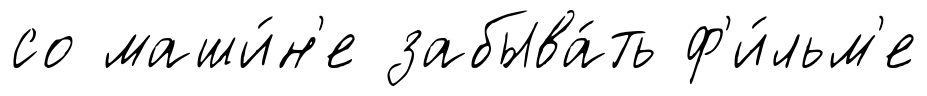
со маши́н'е забыва́ть ф'и́льм'е